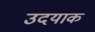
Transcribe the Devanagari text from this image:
उदयाक